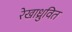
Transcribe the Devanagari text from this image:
रेखाध्रुवित